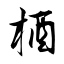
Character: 梄